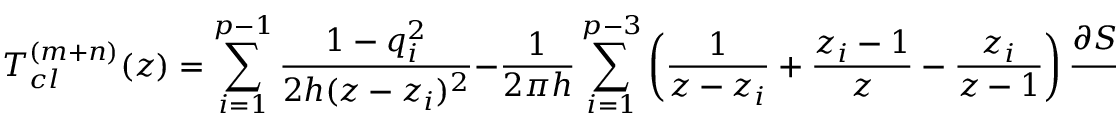
T _ { c l } ^ { ( m + n ) } ( z ) = \sum _ { i = 1 } ^ { p - 1 } { \frac { 1 - q _ { i } ^ { 2 } } { 2 h ( z - z _ { i } ) ^ { 2 } } } - { \frac { 1 } { 2 \pi h } } \sum _ { i = 1 } ^ { p - 3 } \left( { \frac { 1 } { z - z _ { i } } } + { \frac { z _ { i } - 1 } { z } } - { \frac { z _ { i } } { z - 1 } } \right) { \frac { \partial S _ { c l } ^ { ( 0 , m + n ) } } { \partial z _ { i } } } .